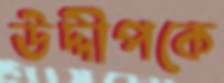
উদ্দীপকে